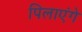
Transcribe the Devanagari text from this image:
पिलाएंगे